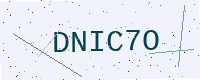
Text: DNIC7O